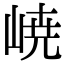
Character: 𡸳